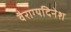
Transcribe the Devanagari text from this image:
वैराग्यदिनेश